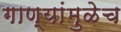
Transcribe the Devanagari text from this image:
गाण्यांमुळेच